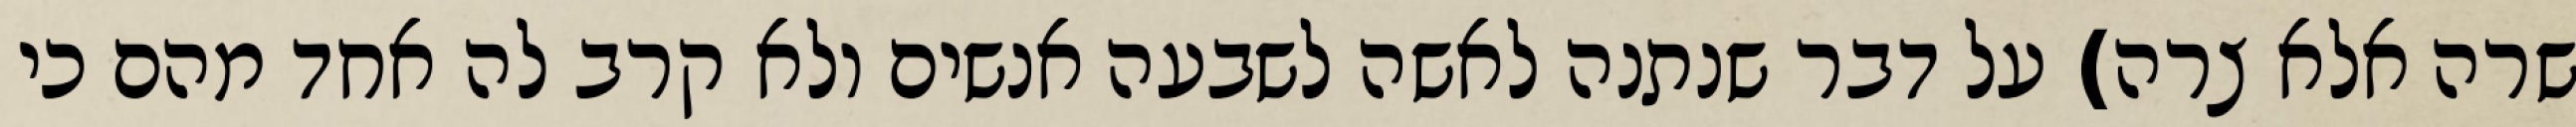
שרה אלא צרה) על דבר שנתנה לאשה לשבעה אנשים ולא קרב לה אחד מהם כי